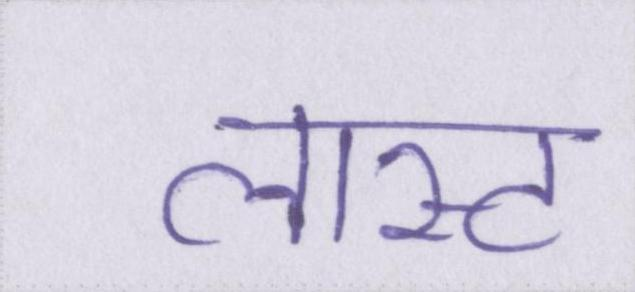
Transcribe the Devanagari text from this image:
लास्ट